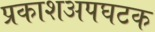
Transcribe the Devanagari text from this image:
प्रकाशअपघटक